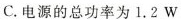
C.电源的总功率为1.2W